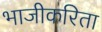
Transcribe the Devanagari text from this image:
भाजीकरिता